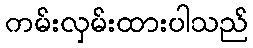
ကမ်းလှမ်းထားပါသည်